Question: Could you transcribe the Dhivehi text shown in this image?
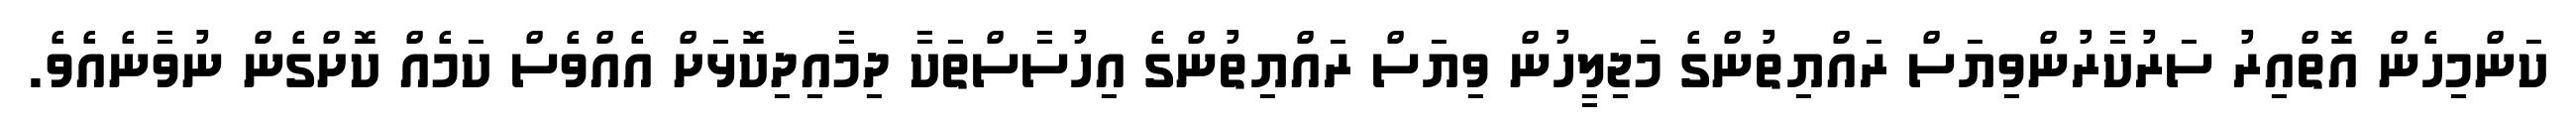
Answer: ކަންމިހެން އޮތްއިރު ސަރުކާރުންވިޔަސް ރައްޔިތުންގެ މަޖިލީހުން ވިޔަސް ރައްޔިތުންގެ އިހުސާސްތަކާ ދިމާއިދިކޮޅަށް އެއްވެސް ކަމެއް ކޮށްގެން ނުވާނެއެވެ.